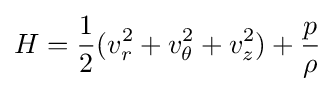
H={\frac {1}{2}}(v_{r}^{2}+v_{\theta }^{2}+v_{z}^{2})+{\frac {p}{\rho }}